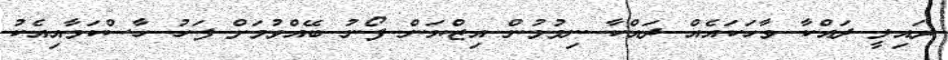
ރައިލީ ދައްކާ ވާހަކައެއް ދައްކާ ނިމުމުން އިޒްޔަން ފޯނު ބޭއްވުމަށް ފަހު ހާސްކަމާއިއެކު